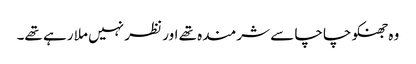
وہ جھنکو چاچا سے شرمندہ تھے اور نظر نہیں ملا رہے تھے۔